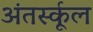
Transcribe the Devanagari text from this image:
अंतर्स्कूल